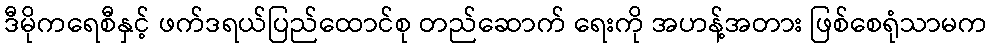
ဒီမိုကရေစီနှင့် ဖက်ဒရယ်ပြည်ထောင်စု တည်ဆောက် ရေးကို အဟန့်အတား ဖြစ်စေရုံသာမက